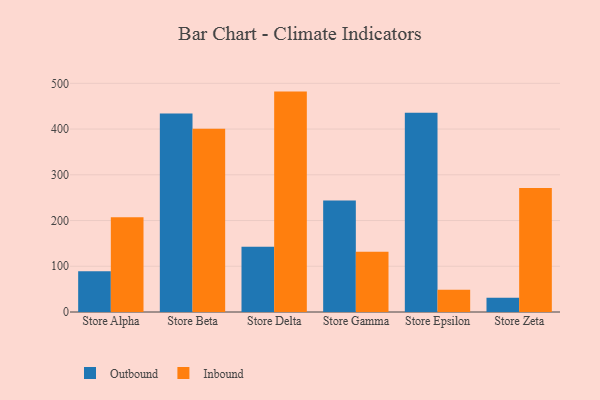
{"axis": {"x": "Store", "y": "Gross Profit (USD K)"}, "legend": ["Inbound", "Outbound"], "data": [{"x": "Store Alpha", "y": 89.1, "type": "Outbound"}, {"x": "Store Alpha", "y": 207.4, "type": "Inbound"}, {"x": "Store Beta", "y": 434.2, "type": "Outbound"}, {"x": "Store Beta", "y": 400.8, "type": "Inbound"}, {"x": "Store Delta", "y": 142.9, "type": "Outbound"}, {"x": "Store Delta", "y": 481.9, "type": "Inbound"}, {"x": "Store Gamma", "y": 244.0, "type": "Outbound"}, {"x": "Store Gamma", "y": 131.9, "type": "Inbound"}, {"x": "Store Epsilon", "y": 435.7, "type": "Outbound"}, {"x": "Store Epsilon", "y": 48.4, "type": "Inbound"}, {"x": "Store Zeta", "y": 31.2, "type": "Outbound"}, {"x": "Store Zeta", "y": 271.2, "type": "Inbound"}]}